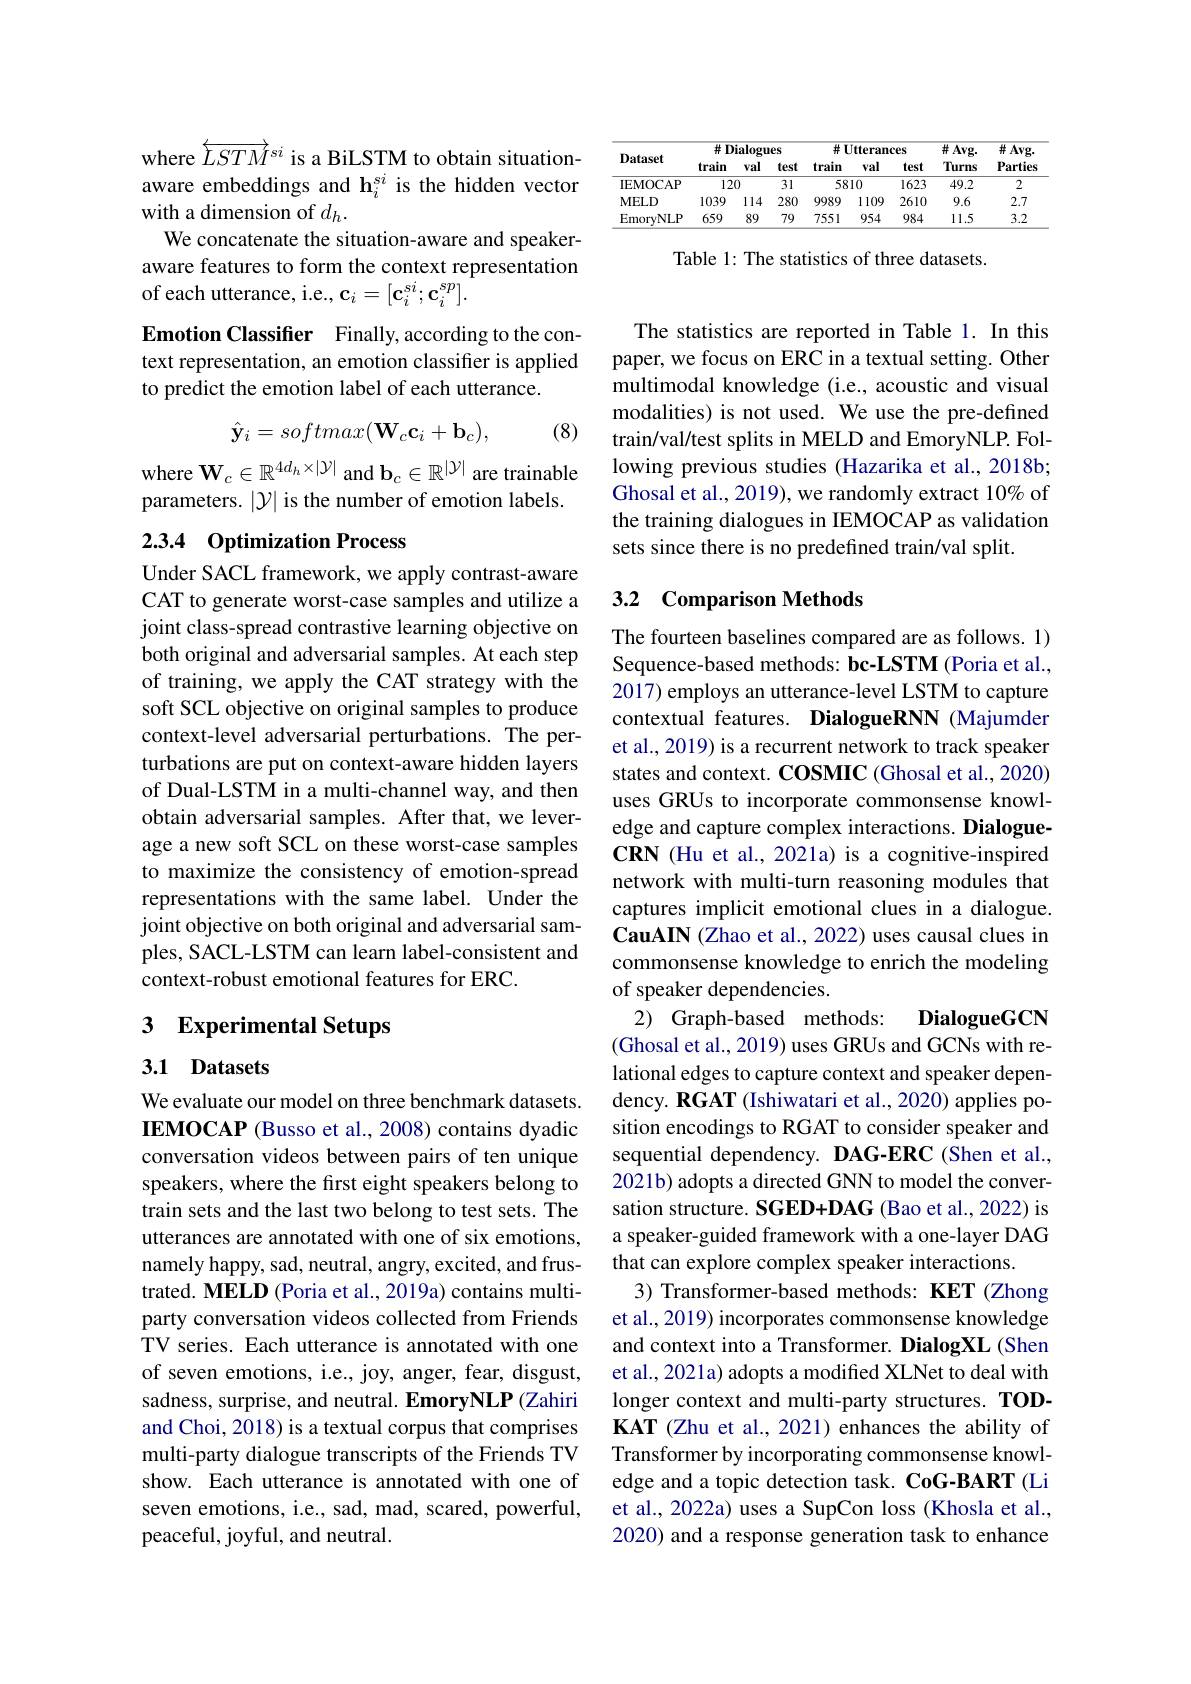
<table>
	<tbody>
		<tr>
			<th rowspan="2">Dataset</th>
			<th colspan="3">$\#$Dialogues</th>
			<th colspan="3">$\#$Utterances</th>
			<th rowspan="2">$\#Avg.$ Turns</th>
			<th rowspan="2">$\#Avg.$ Parties</th>
		</tr>
		<tr>
			<th>train</th>
			<th>val</th>
			<th>test</th>
			<th>train</th>
			<th>val</th>
			<th>test</th>
		</tr>
		<tr>
			<td>IEMOCAP</td>
			<td>12</td>
			<td>0</td>
			<td>31</td>
			<td>58</td>
			<td>10</td>
			<td>1623</td>
			<td>49.2</td>
			<td>2</td>
		</tr>
		<tr>
			<td>$\mathbf{MELD}$</td>
			<td>1039</td>
			<td>114</td>
			<td>280</td>
			<td>9989</td>
			<td>1109</td>
			<td>2610</td>
			<td>9.6</td>
			<td>2.7</td>
		</tr>
		<tr>
			<td>EmoryNLP</td>
			<td>659</td>
			<td>89</td>
			<td>79</td>
			<td>7551</td>
			<td>954</td>
			<td>984</td>
			<td>11.5</td>
			<td>3.2</td>
		</tr>
	</tbody>
</table>

Table 1: The statistics of three datasets.

where $\overleftrightarrow{LSTM}^{si}$ is a BiLSTM to obtain situationaware embeddings and h$_i^{si}$ is the hidden vector with a dimension of $d_h.$
We concatenate the situation-aware and speakeraware features to form the context representation of each utterance, i.e., c$_i=[\mathbf{c}_i^{si};\mathbf{c}_i^{sp}].$
Emotion Classifer Finally, according to the context representation, an emotion classifier is applied to predict the emotion label of each utterance.
$$\hat{\mathbf{y}}_i=softmax(\mathbf{W}_c\mathbf{c}_i+\mathbf{b}_c),$$
(8)

where $\mathbf{W}_c\in\mathbb{R}^{4d_h\times|\mathcal{Y}|}$ and $\mathbf{b}_c\in\mathbb{R}^{|\mathcal{Y}|}$ are trainable parameters. $|\mathcal{Y}|$ is the number of emotion labels.

## 2.3.4 Optimization Process

Under SACL framework, we apply contrast-aware CAT to generate worst-case samples and utilize a joint class-spread contrastive learning objective on both original and adversarial samples. At each step of training, we apply the CAT strategy with the soft SCL objective on original samples to produce context-level adversarial perturbations. The perturbations are put on context-aware hidden layers of Dual-LSTM in a multi-channel way, and then obtain adversarial samples. After that, we leverage a new soft SCL on these worst-case samples to maximize the consistency of emotion-spread representations with the same label. Under the joint objective on both original and adversarial samples, SACL-LSTM can learn label-consistent and context-robust emotional features for ERC.

# 3 Experimental Setups

## 3.1 Datasets

We evaluate our model on three benchmark datasets. IEMOCAP (Busso et al., 2008) contains dyadic conversation videos between pairs of ten unique speakers, where the first eight speakers belong to train sets and the last two belong to test sets. The utterances are annotated with one of six emotions, namely happy, sad, neutral, angry, excited, and frustrated. MELD (Poria et al., 2019a) contains multiparty conversation videos collected from Friends TV series. Each utterance is annotated with one of seven emotions, i.e., joy, anger, fear, disgust, sadness, surprise, and neutral. EmoryNLP (Zahiri and Choi, 2018) is a textual corpus that comprises multi-party dialogue transcripts of the Friends TV show. Each utterance is annotated with one of seven emotions, i.e., sad, mad, scared, powerful, peaceful, joyful, and neutral.

The statistics are reported in Table 1. In this paper, we focus on ERC in a textual setting. Other multimodal knowledge (i.e., acoustic and visual modalities) is not used. We use the pre-defined train/val/test splits in MELD and EmoryNLP. Following previous studies (Hazarika et al., 2018b; Ghosal et al., 2019), we randomly extract 10% of the training dialogues in IEMOCAP as validation sets since there is no predefined train/val split.

## 3.2 Comparison Methods

The fourteen baselines compared are as follows. 1) Sequence-based methods: bc-LSTM (Poria et al., 2017) employs an utterance-level LSTM to capture contextual features. DialogueRNN (Majumder et al., 2019) is a recurrent network to track speaker states and context. COSMIC (Ghosal et al., 2020) uses GRUs to incorporate commonsense knowledge and capture complex interactions. DialogueCRN (Hu et al., 2021a) is a cognitive-inspired network with multi-turn reasoning modules that captures implicit emotional clues in a dialogue. CauAIN (Zhao et al., 2022) uses causal clues in commonsense knowledge to enrich the modeling of speaker dependencies.
2) Graph-based methods:
DialogueGCN
(Ghosal et al., 2019) uses GRUs and GCNs with relational edges to capture context and speaker dependency. RGAT (Ishiwatari et al., 2020) applies position encodings to RGAT to consider speaker and sequential dependency. DAG-ERC (Shen et al., 2021b) adopts a directed GNN to model the conversation structure. SGED+DAG (Bao et al., 2022) is a speaker-guided framework with a one-layer DAG that can explore complex speaker interactions.
3) Transformer-based methods: KET (Zhong et al., 2019) incorporates commonsense knowledge and context into a Transformer. DialogXL (Shen et al., 2021a) adopts a modified XLNet to deal with longer context and multi-party structures. TODKAT (Zhu et al., 2021) enhances the ability of Transformer by incorporating commonsense knowledge and a topic detection task. CoG-BART (Li et al., 2022a) uses a SupCon loss (Khosla et al., 2020) and a response generation task to enhance